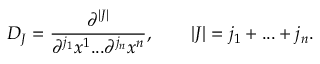
D _ { J } = { \frac { \partial ^ { | J | } } { \partial ^ { j _ { 1 } } x ^ { 1 } . . . { \partial ^ { j _ { n } } x ^ { n } } } } , \qquad | J | = j _ { 1 } + . . . + j _ { n } .